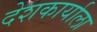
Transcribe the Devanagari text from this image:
देशकार्याला